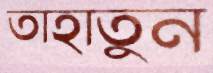
তাহাতুন